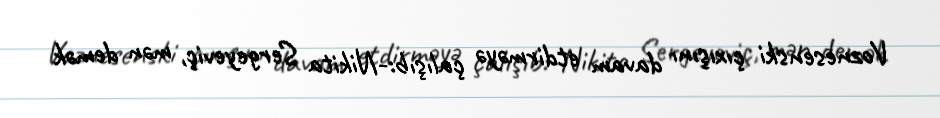
Voznesenski çıxışını davam etdirməyə çalışıb:-Nikita Sergeyeviç, mən demək